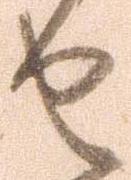
せ